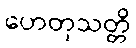
ဟေတုသတ္တိ